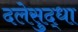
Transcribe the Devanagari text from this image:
दलेसुद्धा